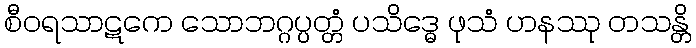
စီဝရသာဋကေ သောဘဂ္ဂပ္ပတ္တံ ပသိဒ္ဓေ ဖုသံ ဟနဿု တသန္တိ